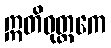
ဣတိဝုတ္တကေ